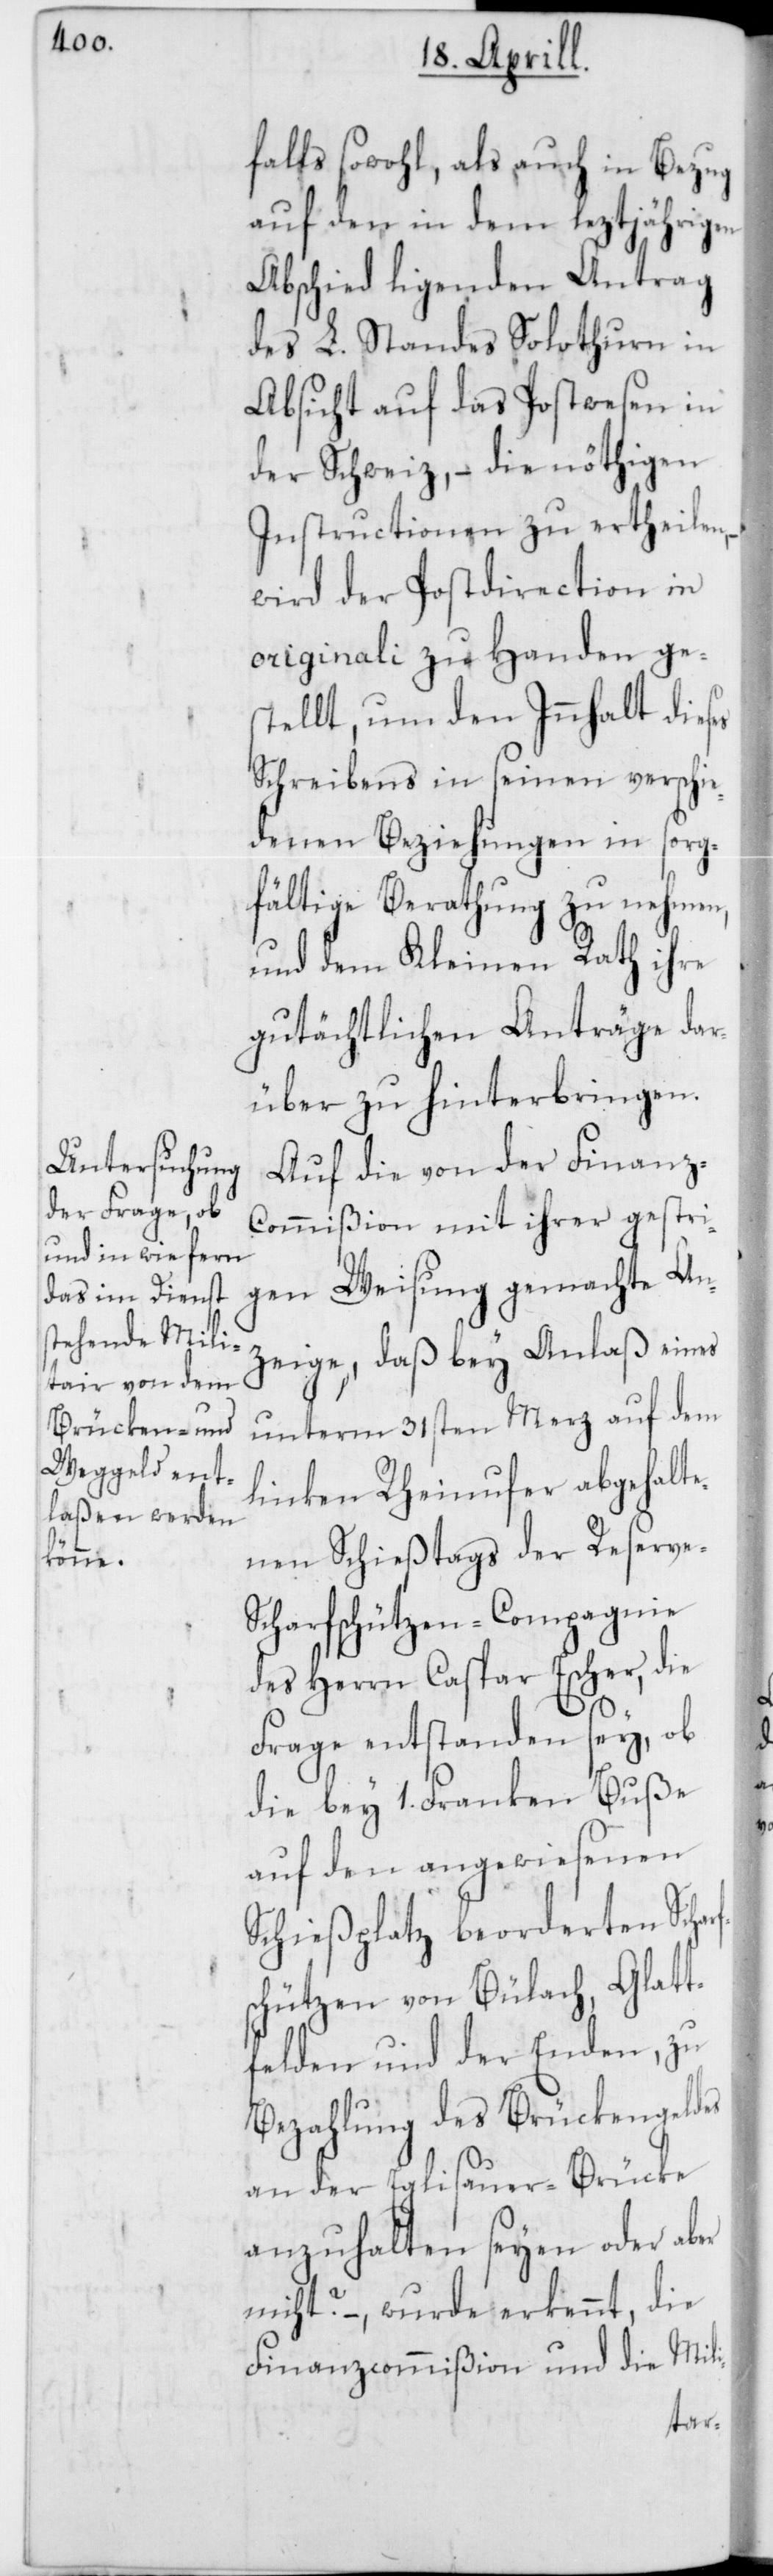
falls sowohl, als auch in Bezug
auf den in dem leztjährigen
Abschied ligenden Antrag
des L. Standes Solothurn in
Absicht auf das Postwesen in
der Schweiz, – die nöthigen
Instructionen zu ertheilen,
wird der Postdirection in
originali zu Handen ge¬
stellt, um den Innhalt dieses
Schreibens in seinen verschie¬
denen Beziehungen in sorg¬
fältige Berathung zu nehmen,
und dem Kleinen Rath ihre
gutächtlichen Anträge dar¬
über zu hinterbringen.
Auf die von der Finanz-C¬
ommißion mit ihrer gestri¬
gen Weisung gemachte An¬
zeige, daß bey Anlaß eines
unterm 31sten Merz auf dem
linken Rheinufer abgehalte¬
nen Schießtags der Reserve-S¬
charfschützen-Compagnie
des Herrn Caspar Escher, die
fs¬
Frage entstanden sey, ob
die bey 1. Franken Buße
auf den angewiesenen
Schießplatz beordereten Schar¬
chützen von Bülach, Glatt¬
felden und der Enden, zu
Bezahlung des Brückengeldes
an der Eglisauer-Brücke
anzuhalten seyen oder aber
nicht? –, wurde erkennt, die
Finanzcommißion und die Mili-